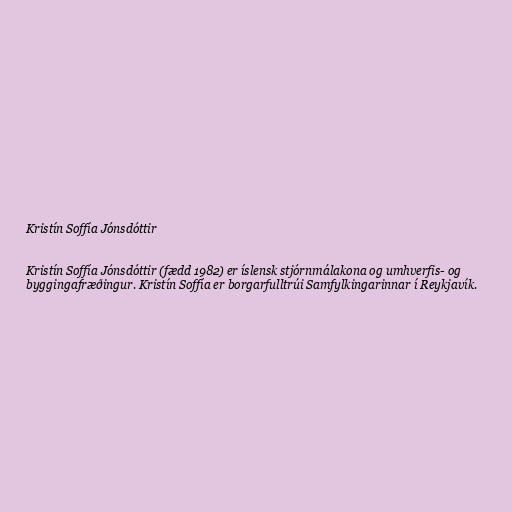
Kristín Soffía Jónsdóttir

Kristín Soffía Jónsdóttir (fædd 1982) er íslensk stjórnmálakona og umhverfis- og
byggingafræðingur. Kristín Soffía er borgarfulltrúi Samfylkingarinnar í Reykjavík.